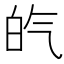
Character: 𤽍